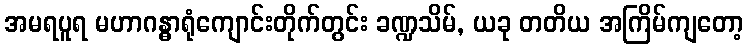
အမရပူရ မဟာဂန္ဓာရုံကျောင်းတိုက်တွင်း ခဏ္ဍသိမ်, ယခု တတိယ အကြိမ်ကျတော့